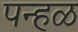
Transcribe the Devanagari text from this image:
पन्हळ